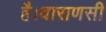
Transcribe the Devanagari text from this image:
है।वाराणसी